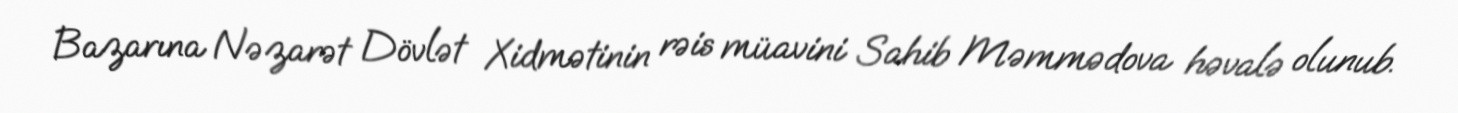
Bazarına Nəzarət Dövlət Xidmətinin rəis müavini Sahib Məmmədova həvalə olunub.